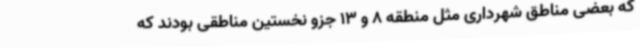
که بعضی مناطق شهرداری مثل منطقه 8 و 13 جزو نخستین مناطقی بودند که